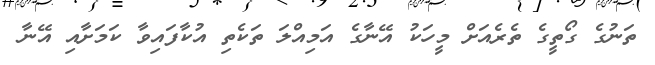
ތަނުގެ ގޯތީގެ ތެރެއަށް މީހަކު އޭނާގެ އަމިއްލަ ތަކެތި އުކާފައިވާ ކަމަށާއި އޭނާ